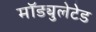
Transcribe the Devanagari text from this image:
मॉड्युलेटेड